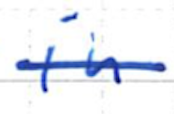
Text: in
Cross-out: single-line
Writing tool: ballpoint